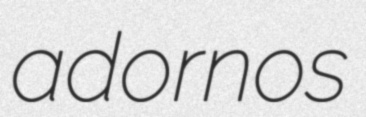
adornos